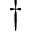
\dagger